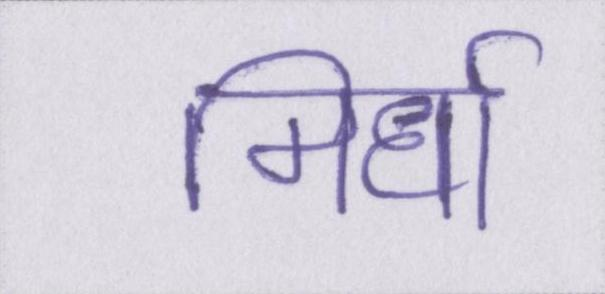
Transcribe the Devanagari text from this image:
मिर्धा